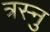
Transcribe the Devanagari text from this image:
त्रस्नु